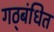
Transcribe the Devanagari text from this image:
गठ्बंधित